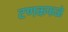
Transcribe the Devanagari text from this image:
टणकफळे